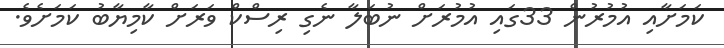
ކަމަށާއި އުމުރުން 33ގައި އުމުރަށް ނުބަލާ ނެގި ރިސްކް ވަރަށް ކާމިޔާބު ކަމަށެވެ.